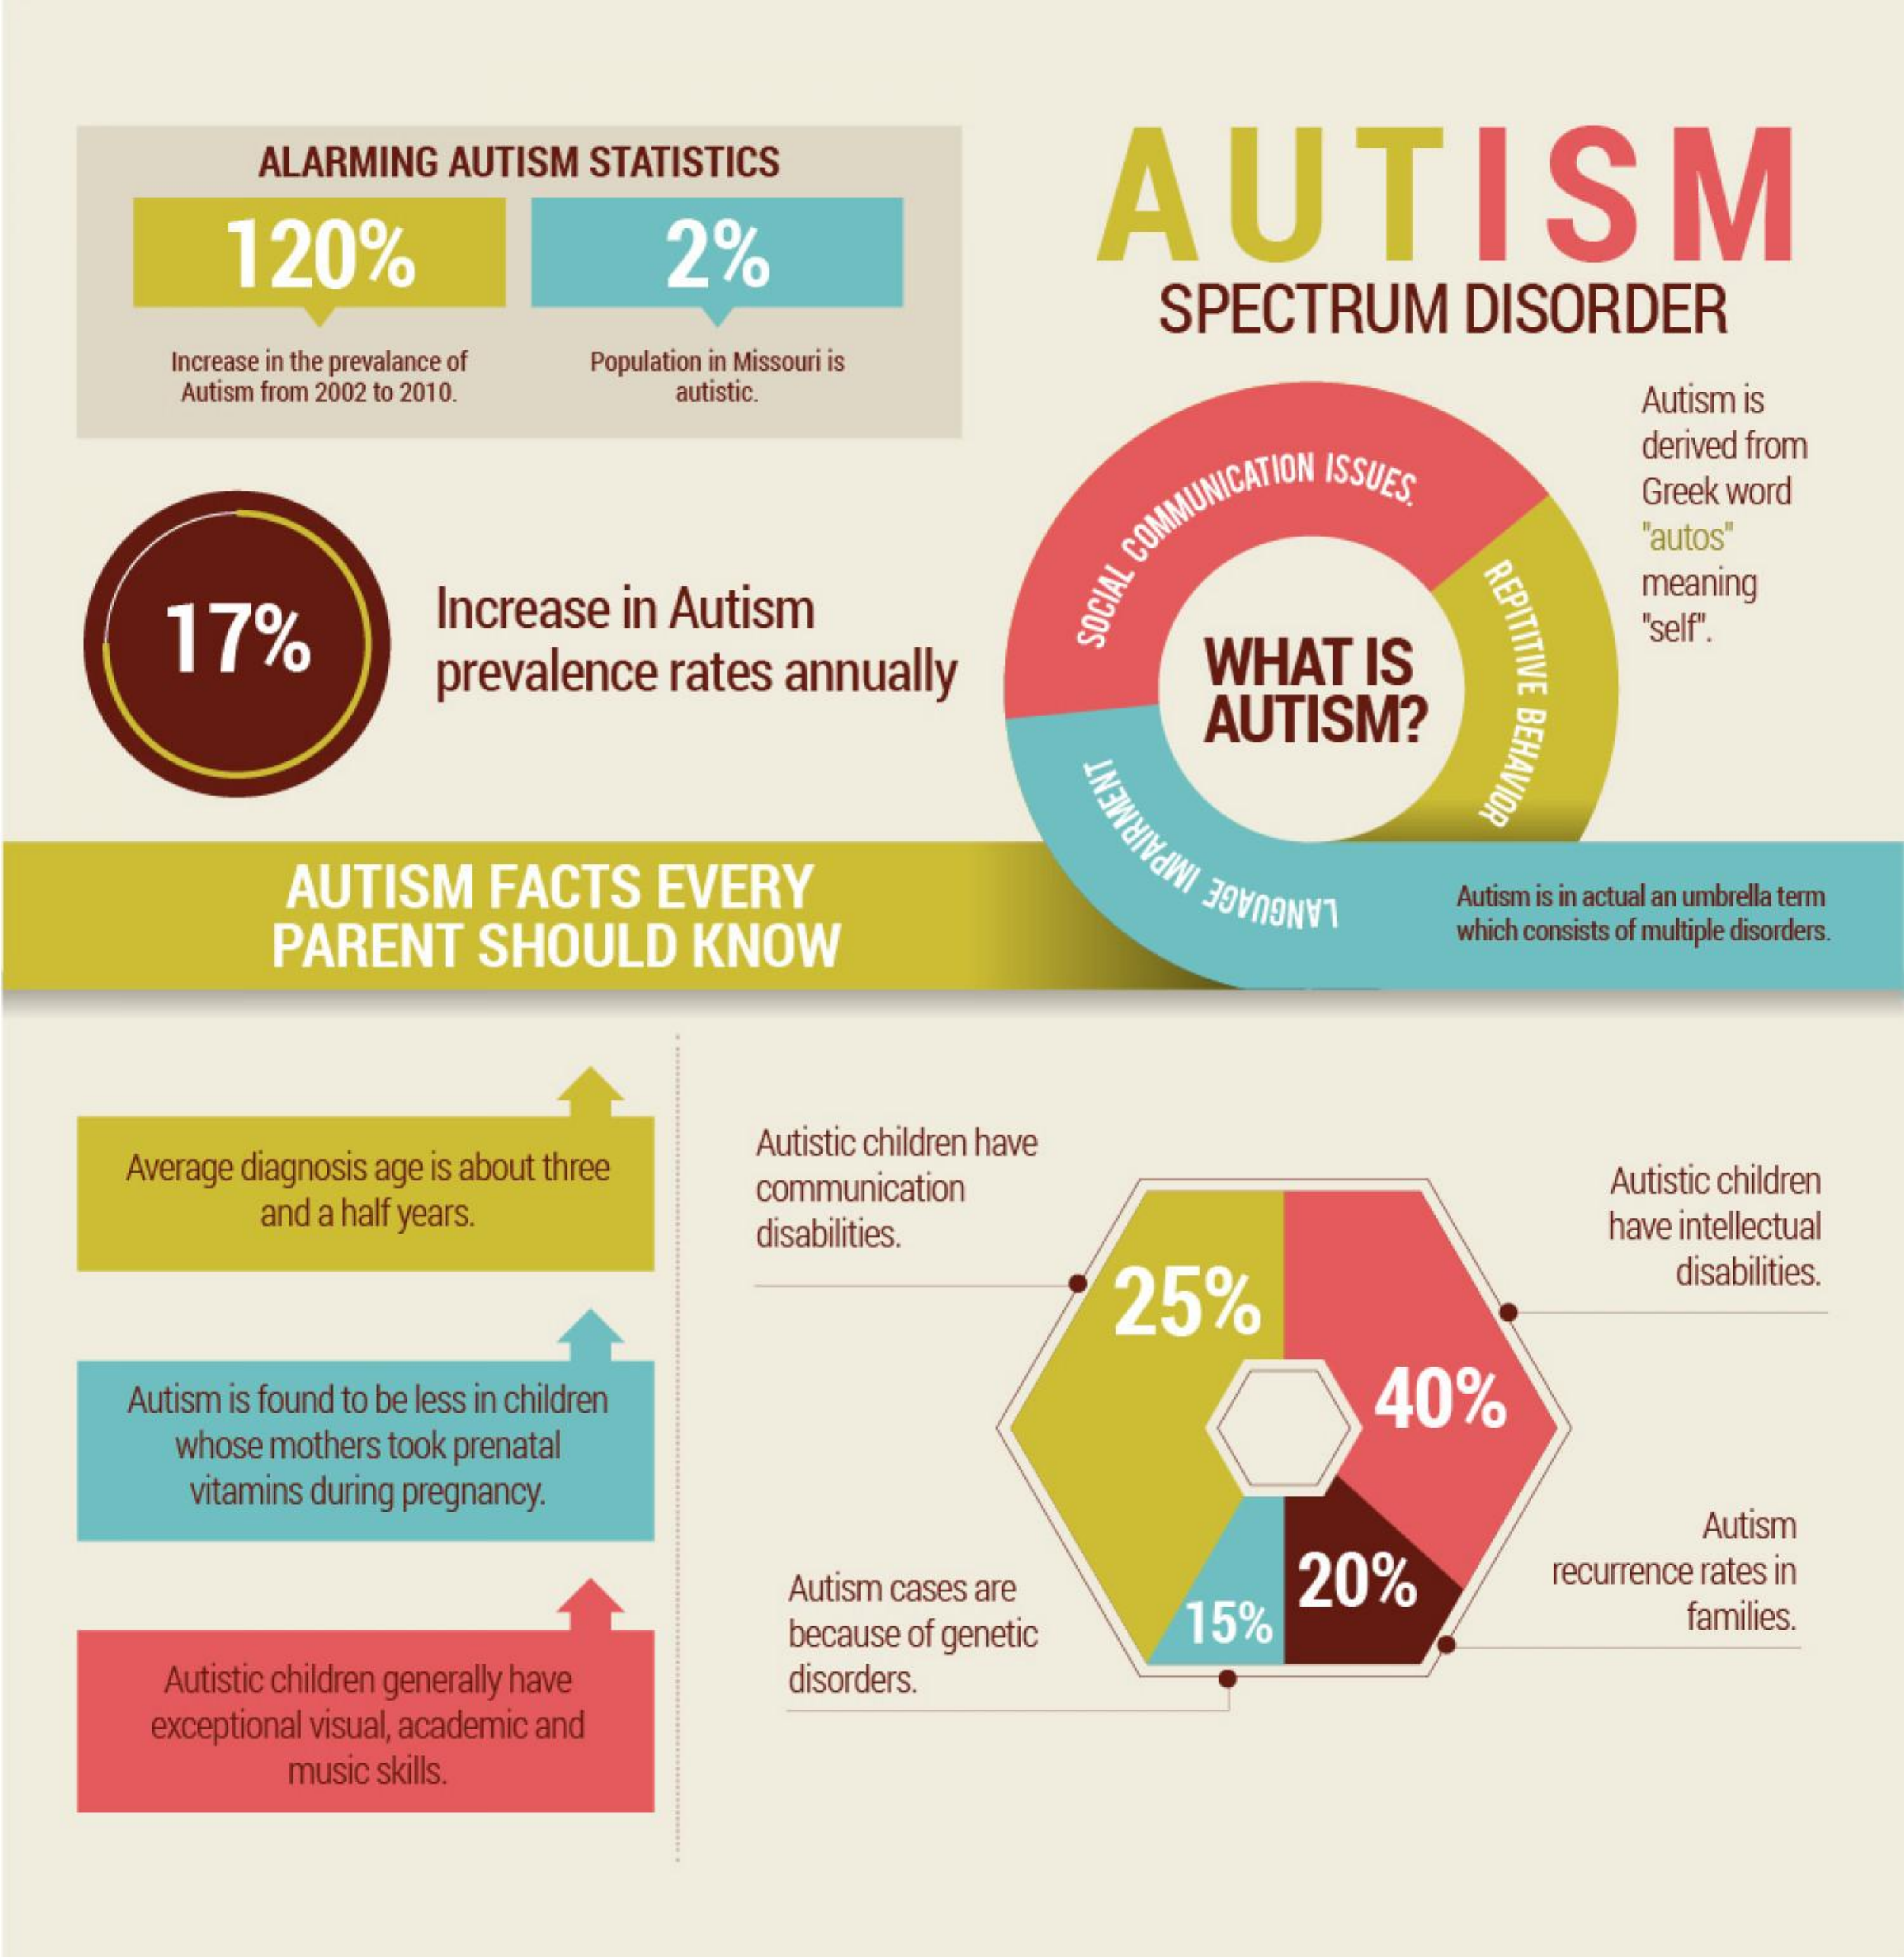
ALARMING    AUTISM    STATISTICS
     AUTISM
     120%    2%
     SPECTRUM    DISORDER
     Increase in the prevalance of Population in Missouri is
     Autism from 2002 to 2010.    autistic.    Autism is
     derived from
     Greek word
     17%
     Increase    in Autism    SOCIAL
     COMMUNICATION
     ISSUES.
     "autos"
     REPITITIVE
     BEHAVIOR
     meaning
     prevalence    rates   annually    WHAT    IS
     "self".
     AUTISM?
     AUTISM    FACTS    EVERY    Autism is in actual an umbrella term
     PARENT    SHOULD    KNOW
     LANGUAGE
     IMPAIRMENT
     which consists of multiple disorders.
     Average diagnosis age is about three
     Autistic children have
     and a half years.
     communication    Autistic children
     disabilities.    have intellectual
     25%
     disabilities.
     Autism is found to be less in children    40%
     whose mothers  took prenatal
     vitamins during pregnancy.
     Autism
     Autism cases are    20%    recurrence rates in
     because of genetic    15%    families.
     Autistic children generally have    disorders.
     exceptional visual, academic and
     music skills.